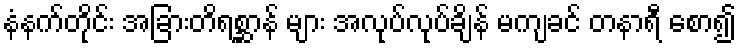
နံနက်တိုင်း အခြားတိရစ္ဆာန် များ အလုပ်လုပ်ချိန် မကျခင် တနာရီ စော၍